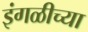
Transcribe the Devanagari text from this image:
इंगळीच्या